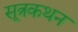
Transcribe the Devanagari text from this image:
सूत्रकथन